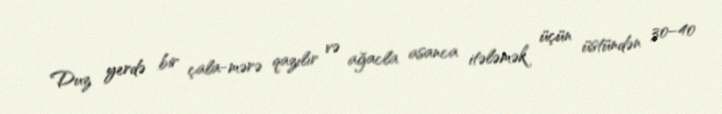
Duz yerdə bir çala-mərə qazılır və ağacla asanca itələmək üçün üstündən 30–40